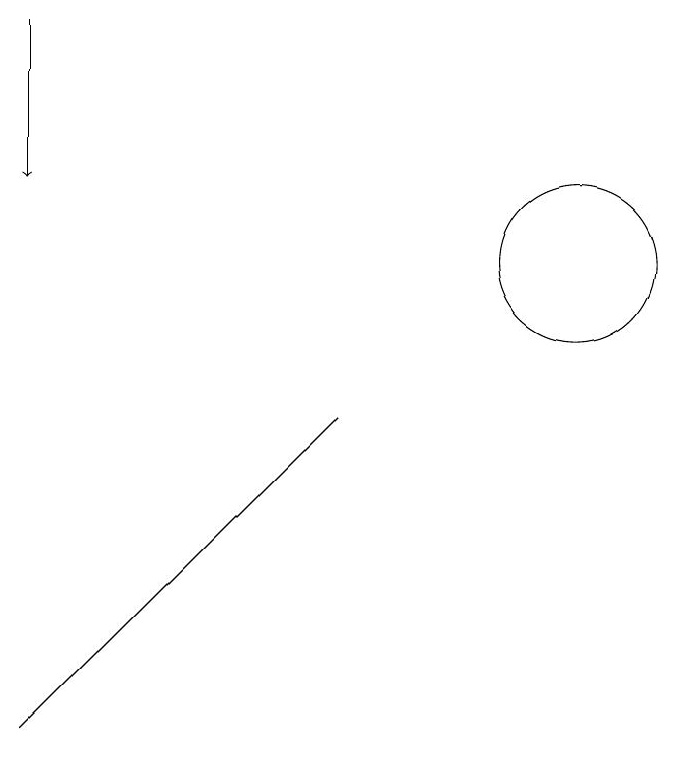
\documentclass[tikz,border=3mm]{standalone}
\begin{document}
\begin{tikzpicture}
\draw (12,11) circle (1);
\draw[->] (5,14) -- (5,12);
\draw (5,5) -- (5,5) -- (9,9) -- cycle;
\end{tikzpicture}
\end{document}